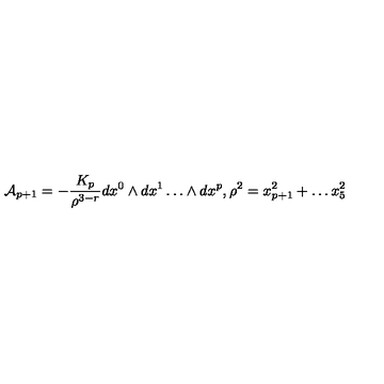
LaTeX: { \cal { A } } _ { p + 1 } = - \frac { K _ { p } } { \rho ^ { 3 - r } } d x ^ { 0 } \wedge d x ^ { 1 } \dots \wedge d x ^ { p } , \rho ^ { 2 } = x _ { p + 1 } ^ { 2 } + \dots x _ { 5 } ^ { 2 }